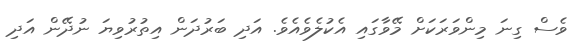
ވެސް ގިނަ މިންވަރަކަށް މޭވާގައި އެކުލެވެއެވެ. އަދި ބަރުދަން އިތުރުވިޔަ ނުދޭން އަދި